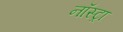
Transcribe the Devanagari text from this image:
नॉस्ट्रा